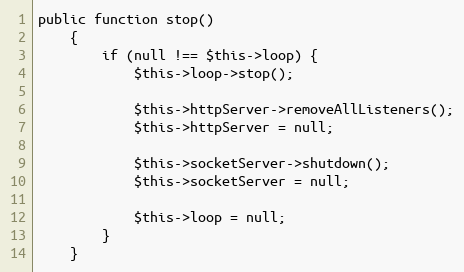
Language: PHP
public function stop()
    {
        if (null !== $this->loop) {
            $this->loop->stop();

            $this->httpServer->removeAllListeners();
            $this->httpServer = null;

            $this->socketServer->shutdown();
            $this->socketServer = null;

            $this->loop = null;
        }
    }